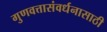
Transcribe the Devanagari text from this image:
गुणवत्तासंवर्धनासाठी